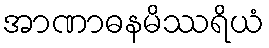
အာဏာဓနမိဿရိယံ